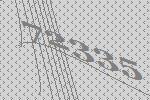
72335